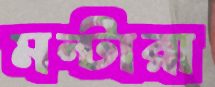
মন্টারা